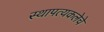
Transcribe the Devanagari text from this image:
स्थापत्यकलेचे